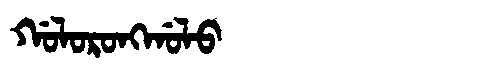
Manchu: ᡤᠣᠯᠣᡵᠣᠩᡤᠣᠯᠣ
Romanization: GOLORONGGOLO